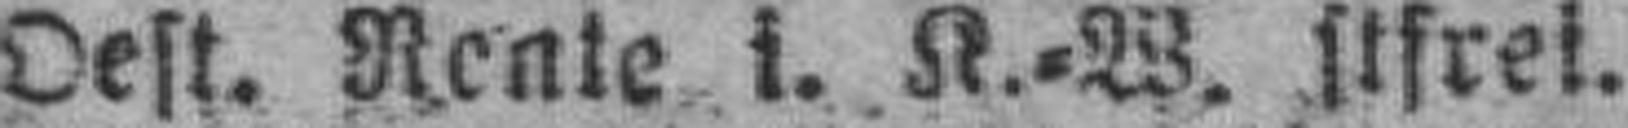
Oest. Rente i. K.=W. Stfrei.